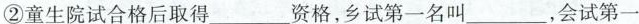
②童生院试合格后取得___资格，乡试第一叫___，会试第一